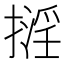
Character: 𢴏